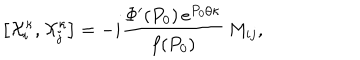
\left[ { \cal X } _ { i } ^ { \kappa } , { \cal X } _ { j } ^ { \kappa } \right] = - i \frac { \Phi ^ { \prime } ( P _ { 0 } ) \, e ^ { P _ { 0 } / \kappa } } { f ( P _ { 0 } ) } \, M _ { i j } ,